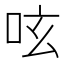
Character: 呟